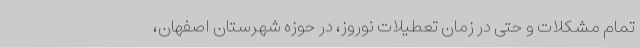
تمام مشکلات و حتی در زمان تعطیلات نوروز، در حوزه شهرستان اصفهان،